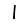
Digit: 1